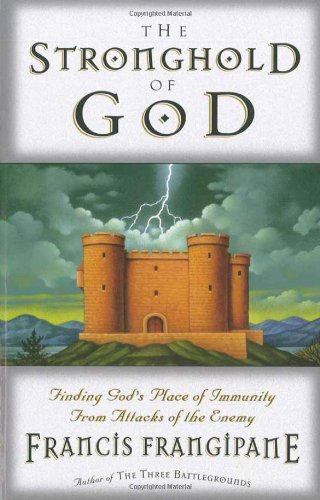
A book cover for The Stronghold Of God; Francis Frangipane; Christian Books & Bibles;